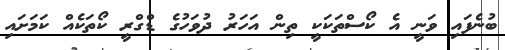
ބުނެފައި ވަނީ އެ ކޯސްތަކަކީ ތިން އަހަރު ދުވަހުގެ ޑްގްރީ ކޯތަކެއް ކަމަށައި